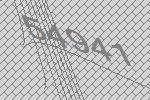
54941